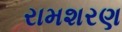
રામશરણ